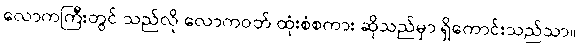
လောကကြီးတွင် သည်လို လောကဝတ် ထုံးစံစကား ဆိုသည်မှာ ရှိကောင်းသည်သာ။